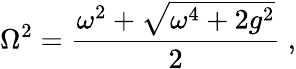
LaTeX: \mathrm{\Omega}^{2}={\frac{\omega^{2}+\sqrt{\omega^{4}+2g^{2}}}{2}}\ ,